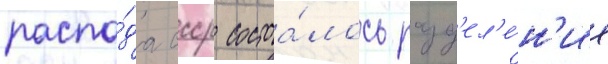
распа́да ссср состоа́лось разд'ел'е́н'ие